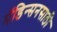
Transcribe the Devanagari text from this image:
मॅडिन्सनसाठी